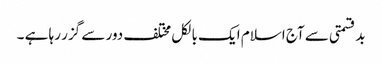
بدقسمتی سے آج اسلام ایک بالکل مختلف دور سے گزر رہا ہے ۔